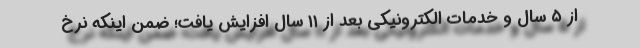
از ۵ سال و خدمات الکترونیکی بعد از ۱۱ سال افزایش یافت؛ ضمن اینکه نرخ